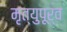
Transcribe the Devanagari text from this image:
मृत्युपूर्व